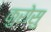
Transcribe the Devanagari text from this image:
कुरोसु